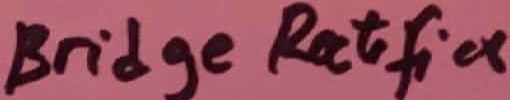
Text: Bridge Ractifier